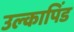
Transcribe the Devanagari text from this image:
उल्‍कापिंड